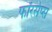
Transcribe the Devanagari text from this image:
फॉरसेप्स